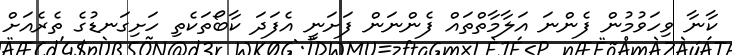
ކާނާ ވިހަވުމުން ފެންނަ އަލާމާތްތައް ފެންނަން ފަށަނީ އެފަދަ ކާބޯތަކެތި ހަށިގަނޑުގެ ތެރެއަށް